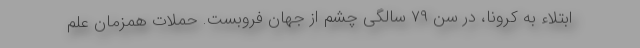
ابتلاء به کرونا، در سن ۷۹ سالگی چشم از جهان فروبست. حملات همزمان علم